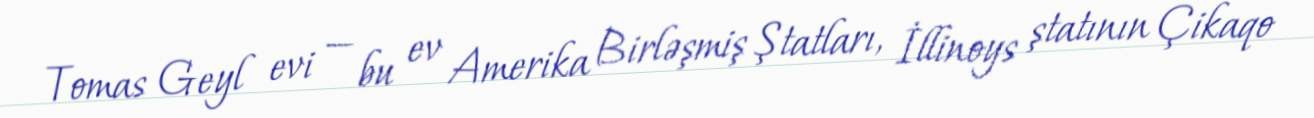
Tomas Geyl evi — bu ev Amerika Birləşmiş Ştatları, İllinoys ştatının Çikaqo